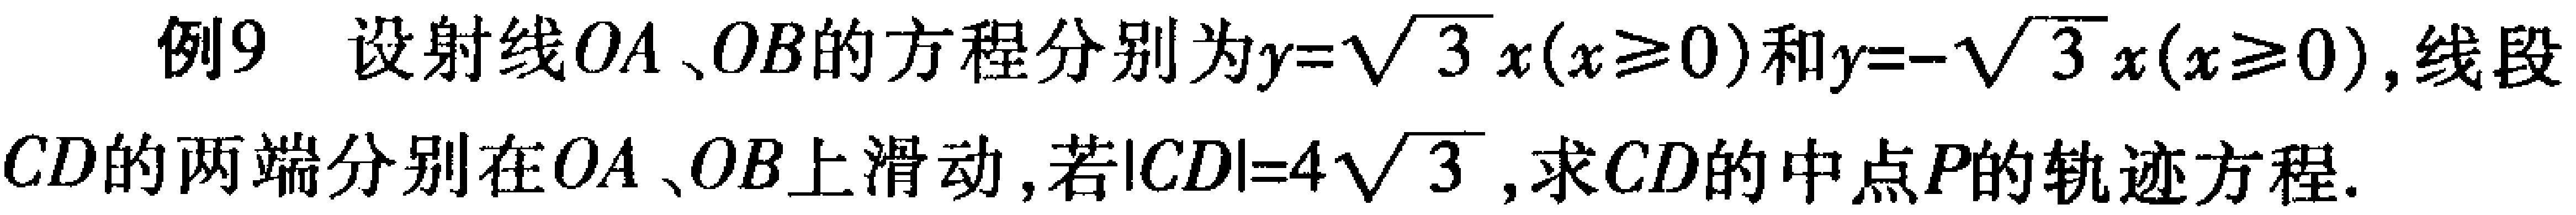
例9 设射线$OA$、$OB$的方程分别为$y = \sqrt{3}x(x\geq0)$和$y = -\sqrt{3}x(x\geq0)$，线段$CD$的两端分别在$OA$、$OB$上滑动，若$|CD| = 4\sqrt{3}$，求$CD$的中点$P$的轨迹方程.